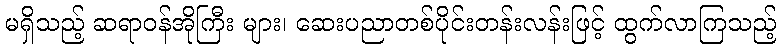
မရှိသည့် ဆရာဝန်အိုကြီး များ၊ ဆေးပညာတစ်ပိုင်းတန်းလန်းဖြင့် ထွက်လာကြသည့်